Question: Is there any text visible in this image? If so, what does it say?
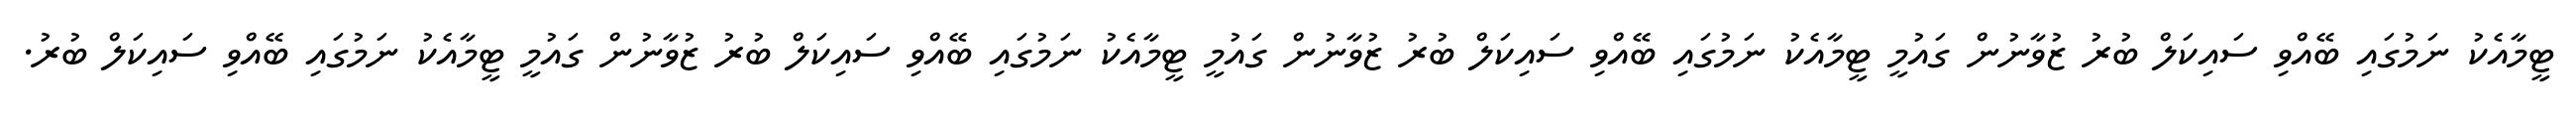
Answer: ޓީމާއެކު ނަމުގައި ބޭއްވި ސައިކަލް ބުރު ޒުވާނުން ގައުމީ ޓީމާއެކު ނަމުގައި ބޭއްވި ސައިކަލް ބުރު ޒުވާނުން ގައުމީ ޓީމާއެކު ނަމުގައި ބޭއްވި ސައިކަލް ބުރު ޒުވާނުން ގައުމީ ޓީމާއެކު ނަމުގައި ބޭއްވި ސައިކަލް ބުރު.